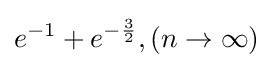
e^{-1}+e^{-{\frac {3}{2}}},(n\rightarrow \infty )